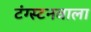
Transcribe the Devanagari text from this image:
टंग्स्टनवाला